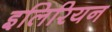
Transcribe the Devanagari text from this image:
इलिरियन